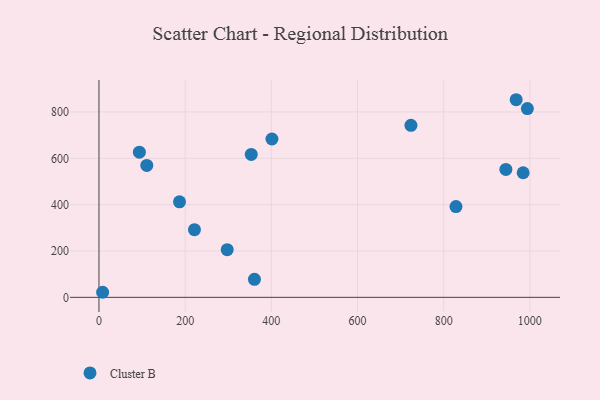
{"axis": {"x": "Experience", "y": "Fuel Efficiency"}, "legend": ["Cluster B"], "data": [{"x": "221.6", "y": 291.9, "type": "Cluster B"}, {"x": "353.4", "y": 616.9, "type": "Cluster B"}, {"x": "994.2", "y": 814.5, "type": "Cluster B"}, {"x": "8.5", "y": 21.8, "type": "Cluster B"}, {"x": "944.3", "y": 552.1, "type": "Cluster B"}, {"x": "968.2", "y": 852.8, "type": "Cluster B"}, {"x": "93.8", "y": 626.3, "type": "Cluster B"}, {"x": "186.9", "y": 412.3, "type": "Cluster B"}, {"x": "360.8", "y": 77.9, "type": "Cluster B"}, {"x": "111.0", "y": 569.4, "type": "Cluster B"}, {"x": "297.6", "y": 205.5, "type": "Cluster B"}, {"x": "828.5", "y": 391.8, "type": "Cluster B"}, {"x": "724.0", "y": 742.5, "type": "Cluster B"}, {"x": "401.4", "y": 683.4, "type": "Cluster B"}, {"x": "984.4", "y": 537.7, "type": "Cluster B"}]}